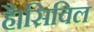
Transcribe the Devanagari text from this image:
है।सिविल